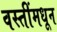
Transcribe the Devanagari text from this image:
वस्तींमधून